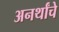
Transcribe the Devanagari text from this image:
अनर्थांचे